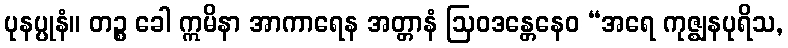
ပုနပ္ပုနံ။ တဉ္စ ခေါ ဣမိနာ အာကာရေန အတ္တာနံ ဩဝဒန္တေနေဝ “အရေ ကုဇ္ဈနပုရိသ,